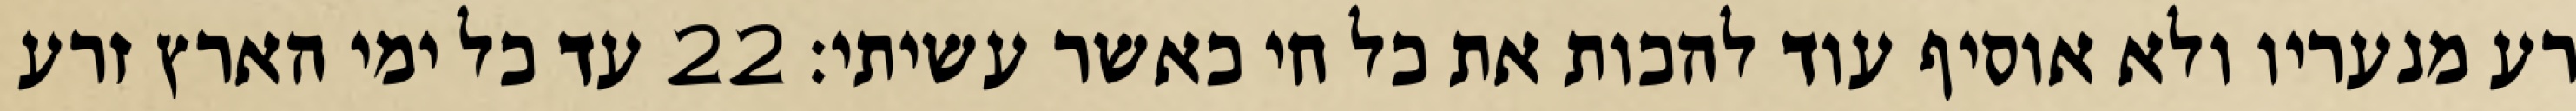
רע מנעריו ולא אוסיף עוד להכות את כל חי כאשר עשיתי׃ ‎22‏ עד כל ימי הארץ זרע